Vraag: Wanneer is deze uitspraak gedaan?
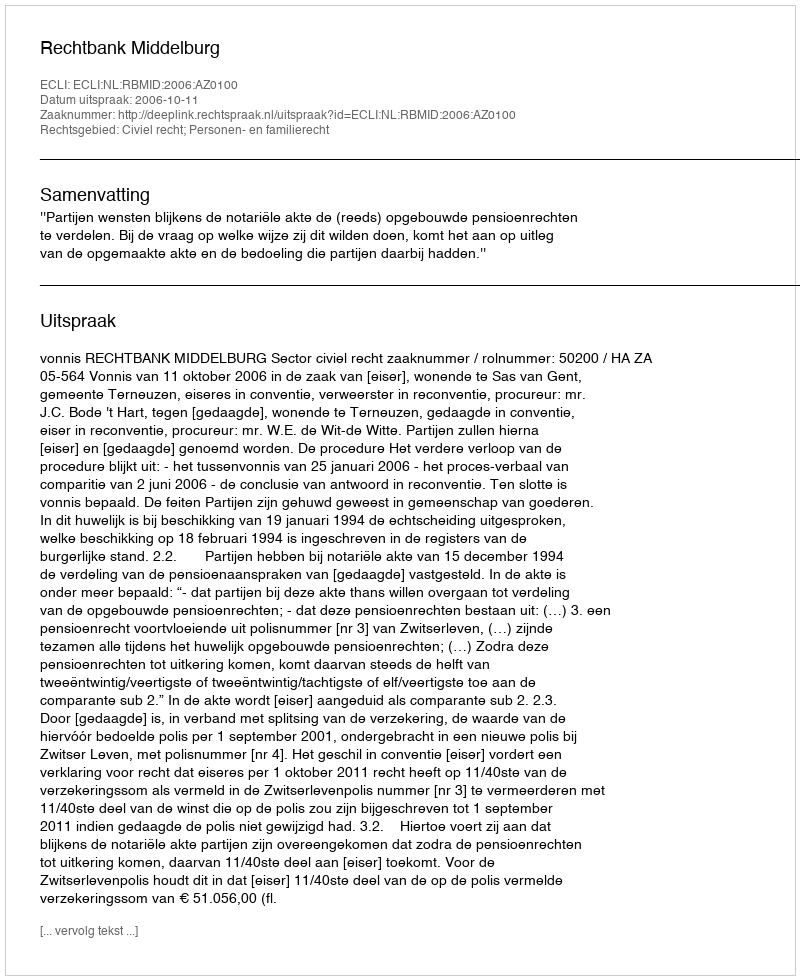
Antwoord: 2006-10-11